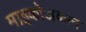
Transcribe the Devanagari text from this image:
माइकोअकान